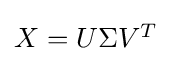
{\begin{matrix}X=U\Sigma V^{T}\end{matrix}}